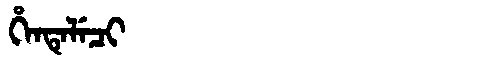
Manchu: ᡥᡝᠨᡨᡝᠯᡝᠴᡳ
Romanization: HENTELECI